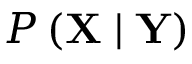
P \left( \mathbf { X } \mid \mathbf { Y } \right)